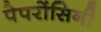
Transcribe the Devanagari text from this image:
पेपरोंसिनी